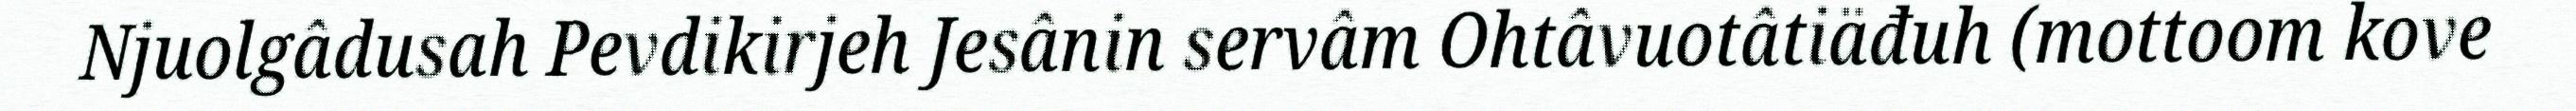
Njuolgâdusah Pevdikirjeh Jesânin servâm Ohtâvuotâtiäđuh (mottoom kove